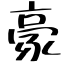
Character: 豪